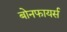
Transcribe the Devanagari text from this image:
बोनफायर्स